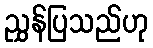
ညွှန်ပြသည်ဟု